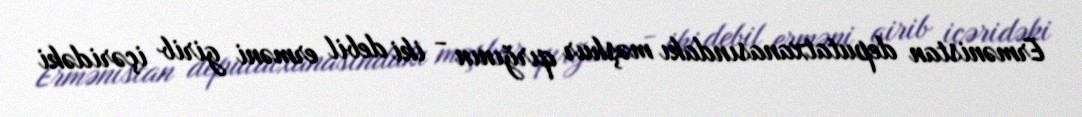
Ermənistan deputatxanasındakı məşhur qırğının - iki debil erməni girib içəridəki